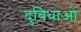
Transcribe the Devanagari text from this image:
दुबिधाओं